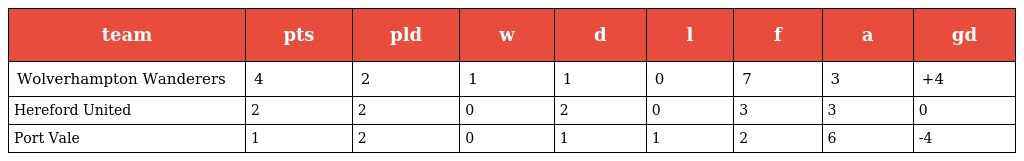
| team | pts | pld | w | d | l | f | a | gd |
 | --- | --- | --- | --- | --- | --- | --- | --- | --- |
 | Wolverhampton Wanderers | 4 | 2 | 1 | 1 | 0 | 7 | 3 | +4 |
 | Hereford United | 2 | 2 | 0 | 2 | 0 | 3 | 3 | 0 |
 | Port Vale | 1 | 2 | 0 | 1 | 1 | 2 | 6 | -4 |